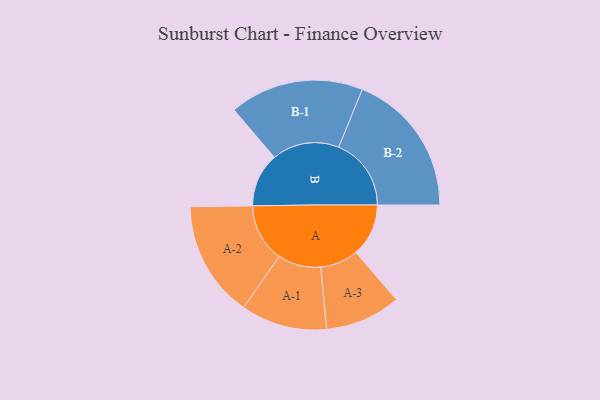
{"axis": {"x": "Segment", "y": "Value"}, "legend": ["", "A", "B"], "data": [{"x": "A", "y": 184, "type": ""}, {"x": "B", "y": 188, "type": ""}, {"x": "A-1", "y": 150, "type": "A"}, {"x": "A-2", "y": 203, "type": "A"}, {"x": "A-3", "y": 132, "type": "A"}, {"x": "B-1", "y": 234, "type": "B"}, {"x": "B-2", "y": 253, "type": "B"}]}